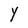
Character: Y